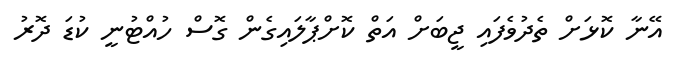
އޭނާ ކޮޅަށް ތެދުވެފައި ޖީބަށް އަތް ކޮށްޕާލައިގެން ގޮސް ހުއްޓުނީ ކުޑަ ދޮރު